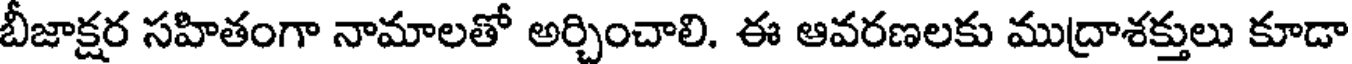
బీజాక్షర సహితంగా నామాలతో అర్చించాలి. ఈ ఆవరణలకు ముద్రాశక్తులు కూడా